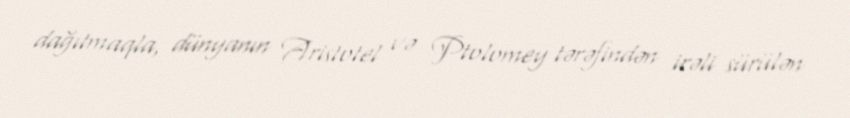
dağıtmaqla, dünyanın Aristotel və Ptolomey tərəfindən irəli sürülən